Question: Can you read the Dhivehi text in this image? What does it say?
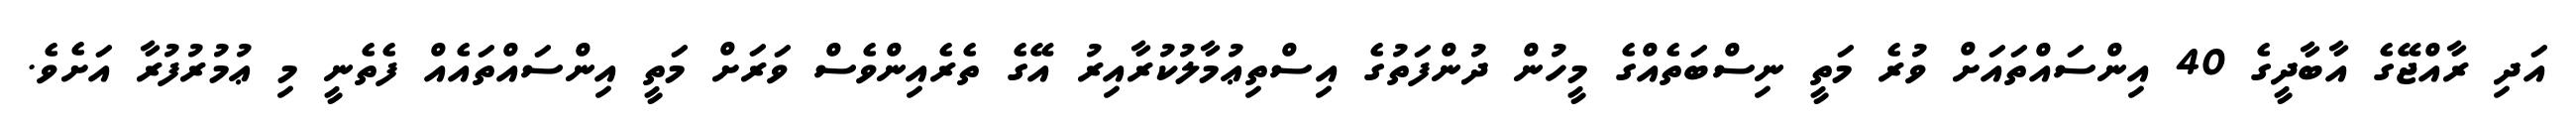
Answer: އަދި ރާއްޖޭގެ އާބާދީގެ 40 އިންސައްތައަށް ވުރެ މަތީ ނިސްބަތެއްގެ މީހުން ދުންފަތުގެ އިސްތިޢުމާލުކުރާއިރު އޭގެ ތެރެއިންވެސް ވަރަށް މަތީ އިންސައްތައެއް ފެތެނީ މި ޢުމުރުފުރާ އަށެވެ.